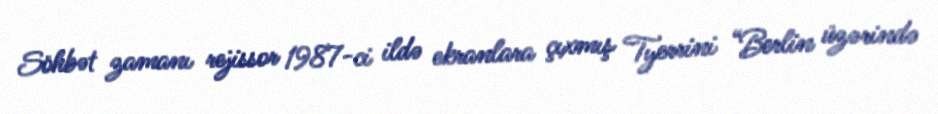
Söhbət zamanı rejissor 1987-ci ildə ekranlara çıxmış Tyerrini “Berlin üzərində